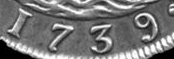
1739